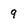
Character: 9